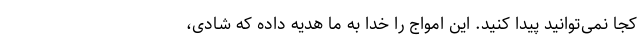
کجا نمی‌توانید پیدا کنید. این امواج را خدا به ما هدیه داده که شادی،